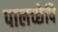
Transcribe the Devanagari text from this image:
पालच्छेपि